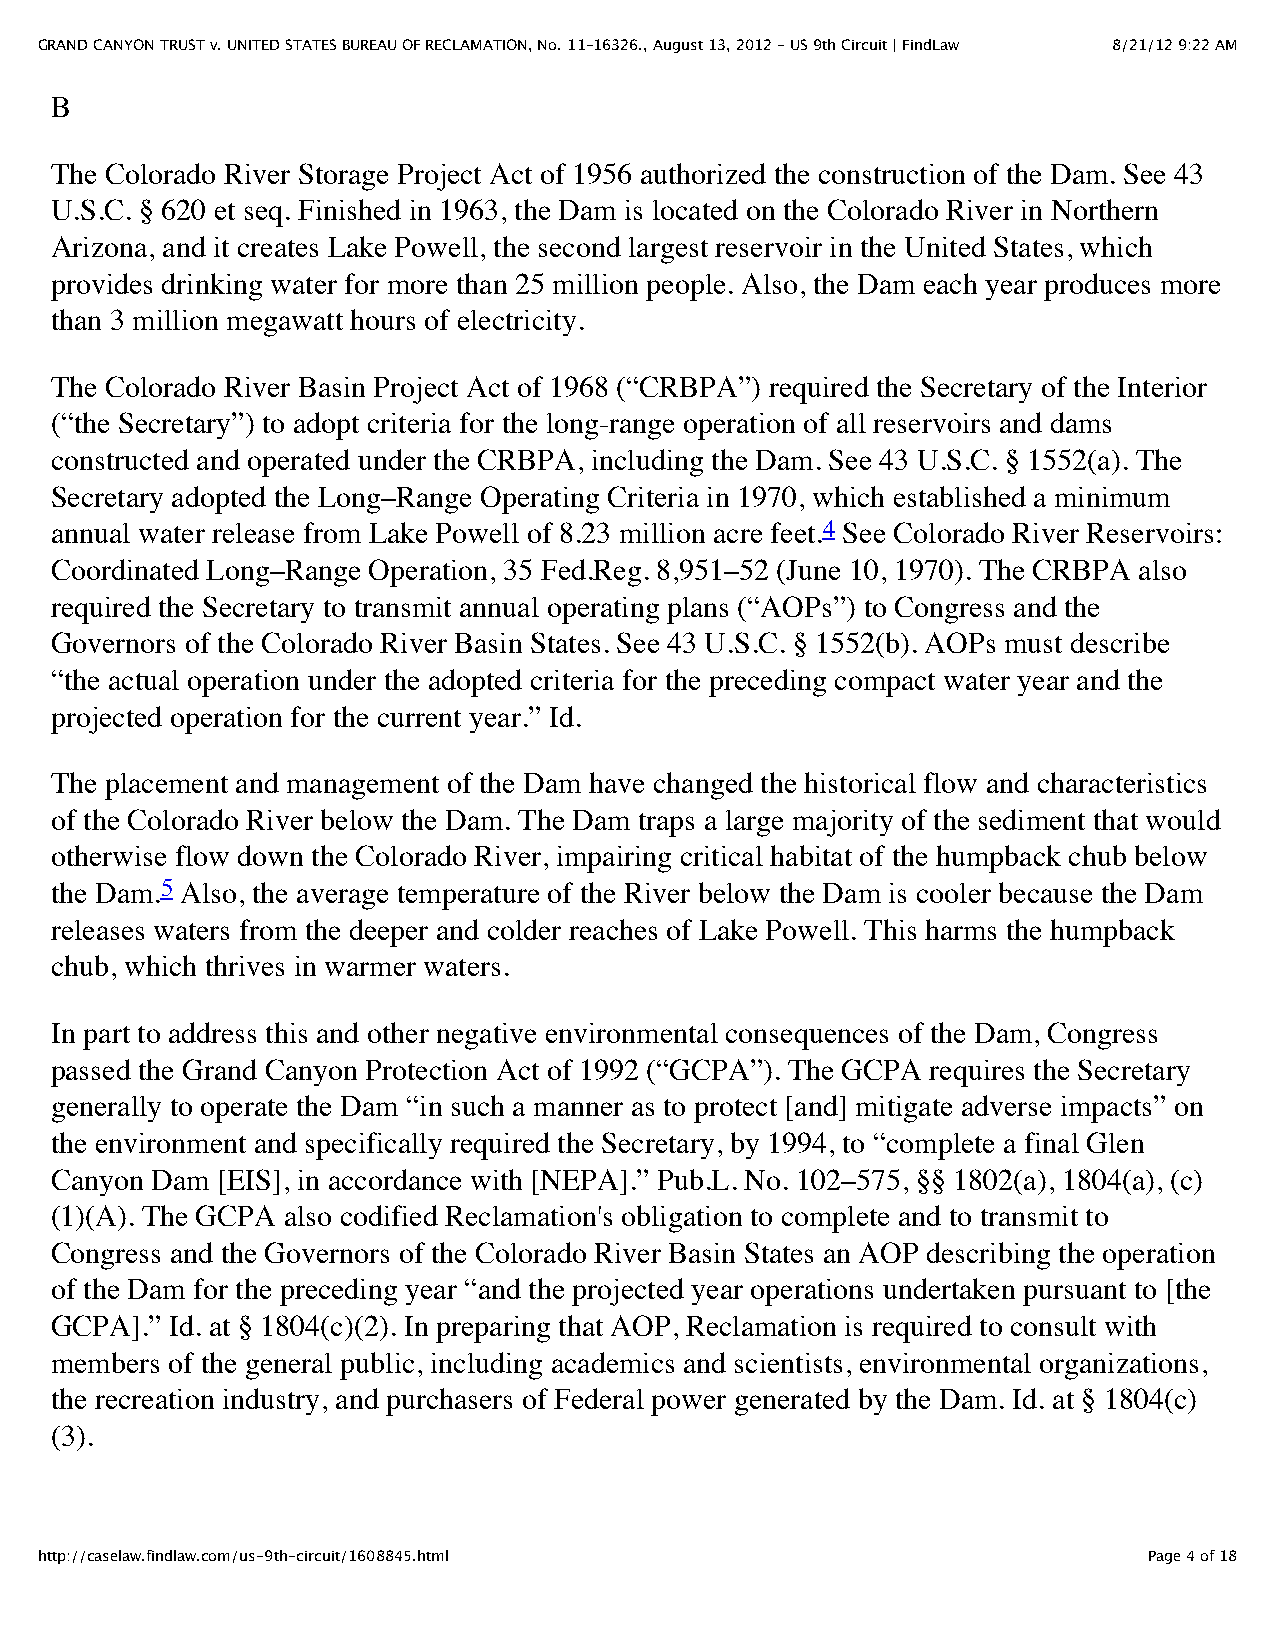
GRAND CANYON TRUST v. UNITED STATES BUREAU OF RECLAMATION, No. 11–16326., August 13, 2012 - US 9th Circuit | FindLaw 8/21/12 9:22 AM
 B
 The Colorado River Storage Project Act of 1956 authorized the construction of the Dam. See 43
 U.S.C. § 620 et seq. Finished in 1963, the Dam is located on the Colorado River in Northern
 Arizona, and it creates Lake Powell, the second largest reservoir in the United States, which
 provides drinking water for more than 25 million people. Also, the Dam each year produces more
 than 3 million megawatt hours of electricity.
 The Colorado River Basin Project Act of 1968 (“CRBPA”) required the Secretary of the Interior
 (“the Secretary”) to adopt criteria for the long-range operation of all reservoirs and dams
 constructed and operated under the CRBPA, including the Dam. See 43 U.S.C. § 1552(a). The
 Secretary adopted the Long–Range Operating Criteria in 1970, which established a minimum
 annual water release from Lake Powell of 8.23 million acre feet.4 See Colorado River Reservoirs:
 Coordinated Long–Range Operation, 35 Fed.Reg. 8,951–52 (June 10, 1970). The CRBPA also
 required the Secretary to transmit annual operating plans (“AOPs”) to Congress and the
 Governors of the Colorado River Basin States. See 43 U.S.C. § 1552(b). AOPs must describe
 “the actual operation under the adopted criteria for the preceding compact water year and the
 projected operation for the current year.” Id.
 The placement and management of the Dam have changed the historical flow and characteristics
 of the Colorado River below the Dam. The Dam traps a large majority of the sediment that would
 otherwise flow down the Colorado River, impairing critical habitat of the humpback chub below
 the Dam.5 Also, the average temperature of the River below the Dam is cooler because the Dam
 releases waters from the deeper and colder reaches of Lake Powell. This harms the humpback
 chub, which thrives in warmer waters.
 In part to address this and other negative environmental consequences of the Dam, Congress
 passed the Grand Canyon Protection Act of 1992 (“GCPA”). The GCPA requires the Secretary
 generally to operate the Dam “in such a manner as to protect [and] mitigate adverse impacts” on
 the environment and specifically required the Secretary, by 1994, to “complete a final Glen
 Canyon Dam [EIS], in accordance with [NEPA].” Pub.L. No. 102–575, §§ 1802(a), 1804(a), (c)
 (1)(A). The GCPA also codified Reclamation's obligation to complete and to transmit to
 Congress and the Governors of the Colorado River Basin States an AOP describing the operation
 of the Dam for the preceding year “and the projected year operations undertaken pursuant to [the
 GCPA].” Id. at § 1804(c)(2). In preparing that AOP, Reclamation is required to consult with
 members of the general public, including academics and scientists, environmental organizations,
 the recreation industry, and purchasers of Federal power generated by the Dam. Id. at § 1804(c)
 (3).
 http://caselaw.findlaw.com/us-9th-circuit/1608845.html                    Page 4 of 18